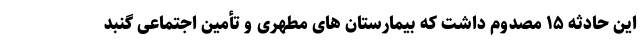
این حادثه ۱۵ مصدوم داشت که بیمارستان های مطهری و تأمین اجتماعی گنبد